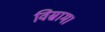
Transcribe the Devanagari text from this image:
विस्राम।